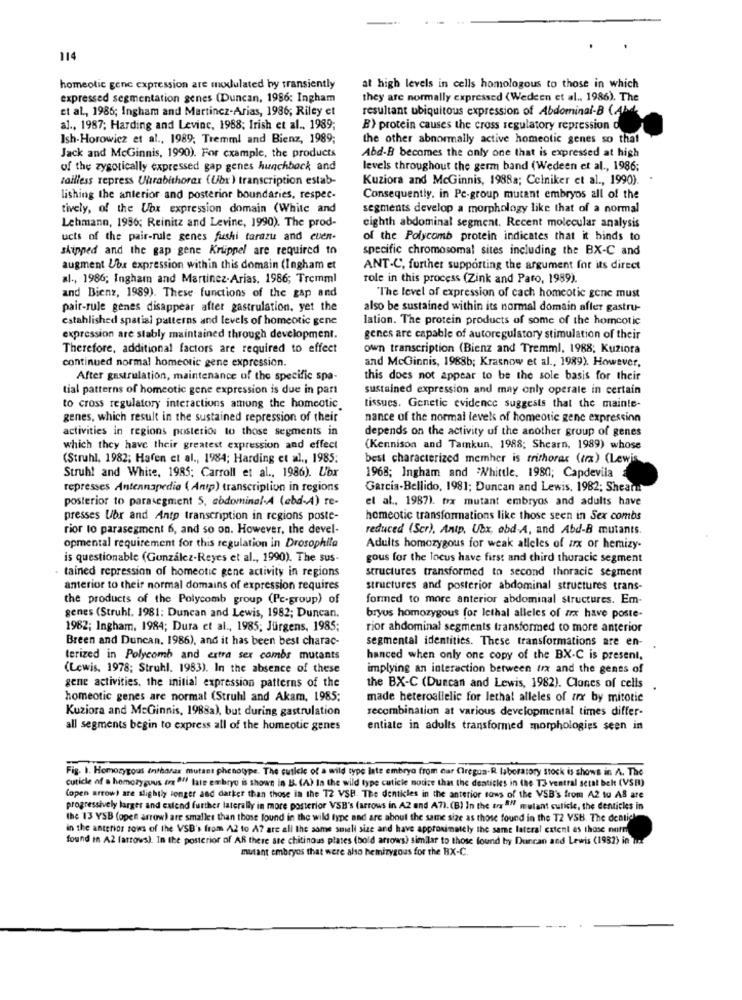
114
homeotic gene expression are modulated by transiently
at high levels in cells homologous to those in which
expressed segmentation genes (Duncan, 1986: Ingham
they are normally expressed (Wedeen et al ., 1986). The
et al ., 1986; Ingham and Martincz-Arias, 1986; Riley et
resultant ubiquitous expression of Abdominal-B (Abd,
al ., 1987; Harding and Levine, 1988; Irish et al .. 1989;
B) protein causes the cross regulatory repression o
Ish-Horowicz et al ., 1989; Tremml and Bienz, 1989;
the other abnormally active homeotic genes so that
Jack and McGinnis, 1990). For cxample, the products
Abd-B becomes the only one that is expressed at high
of the zygotically expressed gap genes hunchback and
levels throughout the germ band (Wedeen et al ., 1986;
tailless repress Uhrabithorax (Ubx) transcription estab-
Kuziora and McGinnis, 1988a; Celniker et al ., 1990).
lishing the anterior and posterior boundaries, respec-
Consequently, in Pc-group mutant embryos all of the
tively, of the Ubx expression domain (White and
segments develop a morphology like that of a normal
Lehmann, 1996; Reinitz and Levine, 1990). The prod-
eighth abdominal segment. Recent molecular analysis
ucts of the pair-rule genes fushi tarazu and cuen-
of the Polycomb protein indicates that it binds to
skipped and the gap gene Krlippel are required to
specific chromosomal sites including the BX-C and
augment Ubs expression within this domain (Ingham et
ANT-C, further supporting the argument for its direct
al ., 1986; Ingham and Martinez-Arias, 1986; Tremml
role in this process (Zink and Paro, 1989)
and Bienz, 1989). These functions of the gap and
The level of expression of cach homeotic gene must
pair-rule genes disappear after gastrulation, yet the
also be sustained within its normal domain afler gastru-
established spatial patterns and levels of homeotic gene
lation. The protein products of some of the homcotic
expression are stably maintained through development.
genes are capable of autoregulatory stimulation of their
Therefore, additional factors are required to effect
own transcription (Bienz and Tremml, 1988; Kuziora
continued normal homeotic gene expression.
and McGinnis, 1988b; Krasnow et al ., 1989). However,
After gastrulation, maintenance of the specific spa-
this does not appear to be the sole basis for their
tial patterns of homeotic gene expression is due in part
sustained expression and may only operate in certain
to cross regulatory interactions among the homeotic.
tissues. Genetic evidence suggests that the mainte-
genes, which result in the sustained repression of their
nance of the normal levels of homeotic gene expressinn
activities in regions posterior to those segments in
depends on the activity of the another group of genes
which they have their greatest expression and effect
(Kennison and Tamkun, 1988; Shearn, 1989) whose
(Struhl, 1982; Hafen et al ., 1984; Harding et al ., 1985:
best characterized memher is trithorax (ix) (Lewis
Struh! and White, 1985; Carroll et al ., 1986). Ubr
1968; Ingham and "Whittle, 1980; Capdevila
represses Antennapedia ( Antp) transcription in regions
Garcia-Bellido, 1981; Duncan and Lewis. 1982; Shearu
posterior to parasegment 5, abdominal-A (ebd-A) re-
et al ., 1987). trx mutant embryos and adults have
presses Ubr and Antp transcription in regions poste-
homeotic transformations like those seen in Sex combs
rior to parasegment 6, and so on. However, the devel-
reduced (Scr), Antp. Ubx, abd-A, and Abd-B mutants.
opmental requirement for this regulation in Drosophila
Adults homozygous for weak alleles of ax or hemizy-
is questionable (Gonzalez-Reyes et al ., 1990). The sus-
gous for the locus have first and third thoracic segment
. tained repression of homeotic gene activity in regions
structures transformed to second thoracic segment
anterior to their normal domains of expression requires
structures and posterior abdominal structures trans-
the products of the Polycomb group (Pe-group) of
formed to more anterior abdominal structures. Em-
genes (Struhl. 1981: Duncan and Lewis, 1982; Duncan.
bryus homozygous for lethal alleles of zx have poste-
1962; Ingham, 1984; Dura et al ., 1985; Jürgens, 1985;
rior abdominal segments transformed to more anterior
Breen and Duncan, 1986), and it has been best charac-
segmental identities. These transformations are en- .
terized in Polycomb and extra sex combs mutants
hanced when only one copy of the BX-C is present,
(Lewis, 1978; Struhl. 1983). In the absence of these
implying an interaction between trx and the genes of
gene activities, the initial expression patterns of the
the BX-C (Duncan and Lewis, 1982). Clones of cells
homeotic genes are normal (Struhl and Akam, 1985;
made heteroallelic for lethal alleles of arx by mitotic
Kuziora and McGinnis, 1988a), but during gastrulation
recombination at various developmental times differ-
all segments begin to express all of the homeotic genes
entiate in adults transformed morphologies seen in
Fig. 1. Homozygous Inthorax mutant phenotype. The cuticle of a wild type late embryo from car Ciregun.R laboratory stock is shows in A. The
cuticle of a homozygous ing Of late embryo is shown in B. (A) In the wild type cuticle notice that the denticles in the T3 ventral setal bek (VSR)
Copen arrow) are slightly longer and darker than those in the T2 VSB. The denticles in the anterior rows of the VSB's from A2 to AS are
progressively larger and extend further laterally in more posterior VSB's (arrows in A2 and A7).(B) In the try "" melant cuticle, the denticles in
the 13 YSB (open arrow) are smaller than those found in the wild type and are about the same size as those found in the T2 VSB. The deatiel
in the anterior rows of the VSB's from A2 to A? are all the some small size and have approximately the same lateral extent es those norm
found in A2 farrows). In the posterior of AR there are chitinous plates (bold arrows) similar to those found by Duncan and Lewis (1982) in lust
mutant embryos that were also hemizygous for the BX-C.